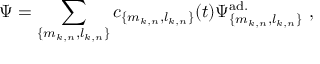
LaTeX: \Psi = \sum _ { \{ m _ { k , n } , l _ { k , n } \} } c _ { \{ m _ { k , n } , l _ { k , n } \} } ( t ) \Psi _ { \{ m _ { k , n } , l _ { k , n } \} } ^ { \mathrm { a d . } } \ ,